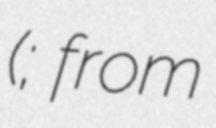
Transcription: (; from